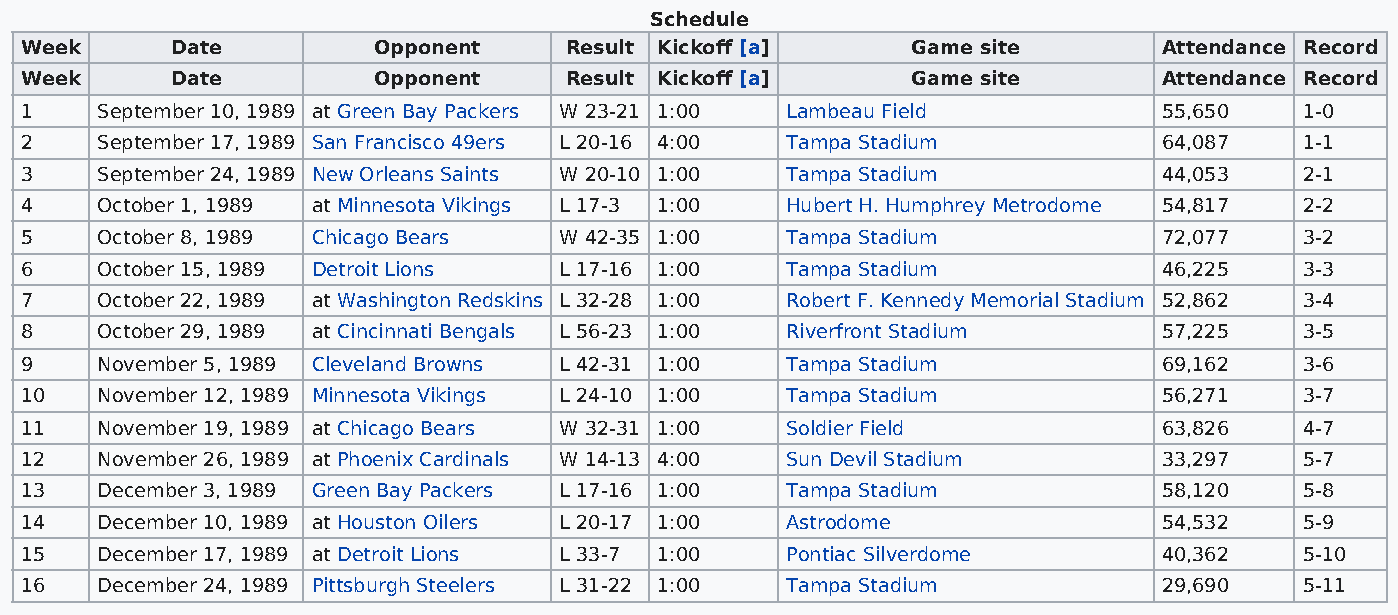
Schedule
 Week      Date          Opponent    Result Kickoff [a]     Game site        Attendance Record
 Week      Date          Opponent    Result Kickoff [a]     Game site        Attendance Record
 1    September 10, 1989 at Green Bay Packers W 23-21 1:00 Lambeau Field     55,650   1-0
 2    September 17, 1989 San Francisco 49ers L 20-16 4:00 Tampa Stadium      64,087   1-1
 3    September 24, 1989 New Orleans Saints W 20-10 1:00 Tampa Stadium       44,053   2-1
 4    October 1, 1989 at Minnesota Vikings L 17-3 1:00 Hubert H. Humphrey Metrodome 54,817 2-2
 5    October 8, 1989 Chicago Bears  W 42-35 1:00   Tampa Stadium            72,077   3-2
 6    October 15, 1989 Detroit Lions L 17-16 1:00   Tampa Stadium            46,225   3-3
 7    October 22, 1989 at Washington Redskins L 32-28 1:00 Robert F. Kennedy Memorial Stadium 52,862 3-4
 8    October 29, 1989 at Cincinnati Bengals L 56-23 1:00 Riverfront Stadium 57,225   3-5
 9    November 5, 1989 Cleveland Browns L 42-31 1:00 Tampa Stadium           69,162   3-6
 10   November 12, 1989 Minnesota Vikings L 24-10 1:00 Tampa Stadium         56,271   3-7
 11   November 19, 1989 at Chicago Bears W 32-31 1:00 Soldier Field          63,826   4-7
 12   November 26, 1989 at Phoenix Cardinals W 14-13 4:00 Sun Devil Stadium  33,297   5-7
 13   December 3, 1989 Green Bay Packers L 17-16 1:00 Tampa Stadium          58,120   5-8
 14   December 10, 1989 at Houston Oilers L 20-17 1:00 Astrodome             54,532   5-9
 15   December 17, 1989 at Detroit Lions L 33-7 1:00 Pontiac Silverdome      40,362   5-10
 16   December 24, 1989 Pittsburgh Steelers L 31-22 1:00 Tampa Stadium       29,690   5-11